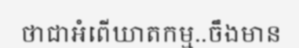
ថាជាអំពើឃាតកម្ម..ចឹងមាន